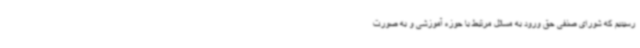
رسیدیم که شورای صنفی حق ورود به مسائل مرتبط با حوزه آموزشی و به صورت